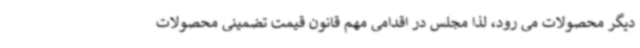
دیگر محصولات می رود، لذا مجلس در اقدامی مهم قانون قیمت تضمینی محصولات